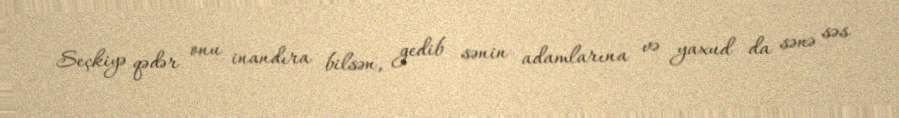
Seçkiyə qədər onu inandıra bilsən, gedib sənin adamlarına və yaxud da sənə səs